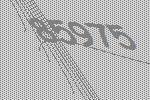
85975